Annual returns of the Patna Lunatic Asylum at Bankipore in Bihar and Orissa - 1912-1924
Year: 1912
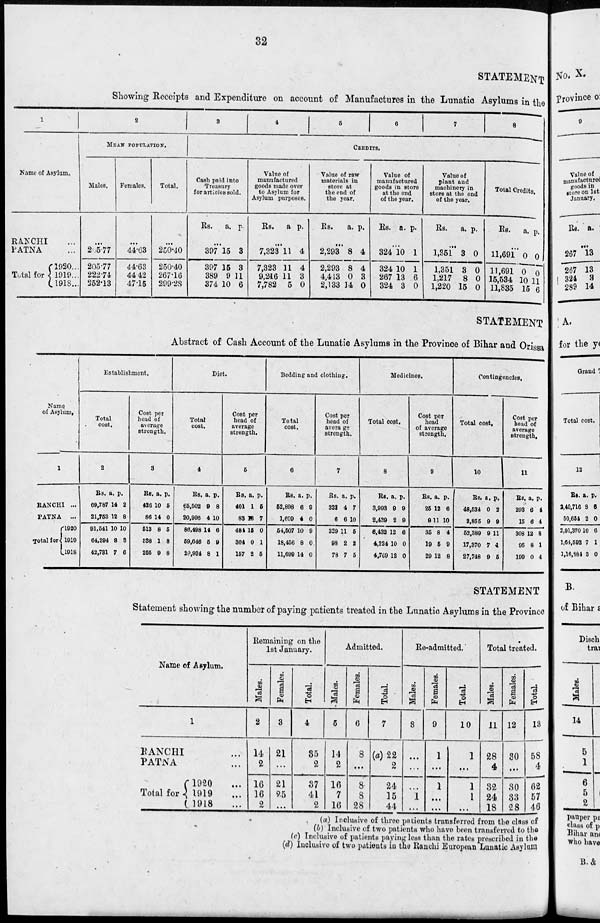
32
STATEMENT
Showing Receipts and Expenditure on account of Manufactures in the Lunatic Asylums in the
1
Name of
Asylum.
RANCHI ...
PATNA ...
Total for
1920 ...
1919 ...
1918 ...
2
MEAN POPULATION.
Males.
...
205.77
205.77
222.74
252.13
Females.
...
44.63
44.63
44.42
47.15
Total.
...
250.40
250.40
267.16
299.23
3
4
5
6
7
8
CREDITS.
Cash paid into
Treasury
for articles sold.
Rs. a. p.
...
397
397
389
374
15
15
9
10
3
3
11
6
Value of
manufactured
goods made over
to Asylum for
Asylum purposes.
Rs. a. p.
...
7,323
7,323
9,246
7,782
11
11
11
5
4
4
3
0
Value of raw
materials in
store at
the and of
the year.
Rs.
a. p.
...
2,293
2,293
4,443
2,133
8
8
0
14
4
4
3
0
Value of
manufactured
goods in store
at the end
of the year.
Rs. a. p.
...
324
324
267
324
10
10
13
3
1
1
6
0
Value of
plant and
machinery in
store at the end
of the year.
Rs. a. p.
...
1,351
1,351
1,217
1,220
3
3
8
15
0
0
0
0
Total Credits.
Rs. a. p.
...
11,691
11,691
15,534
11,835
0
0
10
15
0
0
11
6
STATEMENT
Abstract of Cash Account of the Lunatic Asylums in the Province of Bihar and Orissa
Name
of Asylum
1
RANCHI ...
PATNA
...
Total for
1920
1919
1918
Establishment.
Total
cost.
2
Rs.
69,787
21,753
91,541
64,394
42,731
a.
14
12
10
8
7
p.
2
8
10
3
6
Cost per
head of
average
strength.
3
Rs.
426
86
513
383
255
a.
10
14
8
1
9
p.
5
0
6
8
8
Diet.
Total
cost.
4
Rs.
65,502
20,996
86,498
59,646
29,934
a.
9
4
14
5
8
p.
8
10
6
9
1
Cost per
head of
average
strength.
5
Rs.
401
83
484
304
157
a.
1
16
15
0
2
p.
5
7
0
1
5
Bedding and clothing.
Total
cost.
6
Rs.
52,898
1,609
54,507
18,456
11,699
a.
6
4
10
8
14
p.
9
0
9
0
0
Cost per
head of
average
strength.
7
Rs.
328
6
329
98
78
a.
4
6
11
2
7
p.
7
10
5
2
5
Medicines.
Total cost.
8
Rs.
3,993
2,439
6,432
4,224
4,769
a.
9
2
12
10
12
p.
9
9
6
0
0
Cost per
head
of average
strength.
9
Rs.
25
9
35
19
29
a.
12
11
8
5
12
p.
6
10
4
9
8
Contingencies.
Total cost.
10
Rs.
48,534
3,355
52,389
17,370
27,748
a.
0
9
9
7
9
p.
2
9
11
4
5
Cost per
bead of
average
strength,
11
Rs.
293
15
308
05
199
a.
6
6
12
8
0
p.
4
4
8
1
4
STATEMENT
Statement showing the number of paying patients treated in the Lunatic Asylums in. the Province
Name of Asylum.
1
RANCHI ...
PATNA ...
Total for
1920 ...
1919 ...
1918 ...
Remaining on the
1st January.
Males.
2
14
2
16
16
2
Females.
3
21
...
21
25
...
Total.
4
35
2
37
41
2
Admitted.
Males.
5
14
2
16
7
16
Females.
6
8
...
8
8
28
Total.
7
(a)22
2
24
15
44
Re-admitted.
Males.
8
...
...
...
1
...
Females.
9
1
...
1
...
...
Total.
10
1
...
1
1
...
Total treated.
Males.
11
28
4
32
24
18
Females.
12
30
...
30
33
28
Total.
13
58
4
62
57
48
(a) Inclusive of three patients transferred from the class of
(b) Inclusive of two patients who have been transferred to the
(c) Inclusive of patients paying less than the rates prescribed in the
(d) Inclusive of two patients in the Ranchi European Lunatic Asylum